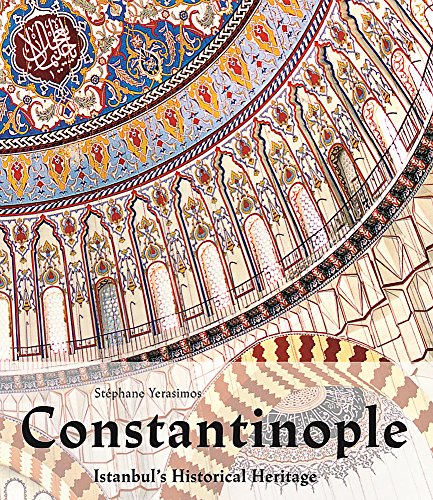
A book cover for Constantinople: Istanbul's Historical Heritage; StÃEphane Yerasimos; History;